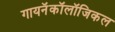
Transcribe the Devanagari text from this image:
गायनॅकॉलॉजिकल